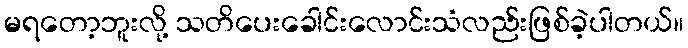
မရတော့ဘူးလို့ သတိပေးခေါင်းလောင်းသံလည်းဖြစ်ခဲ့ပါတယ်။